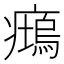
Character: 𱱧